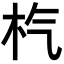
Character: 𣏙